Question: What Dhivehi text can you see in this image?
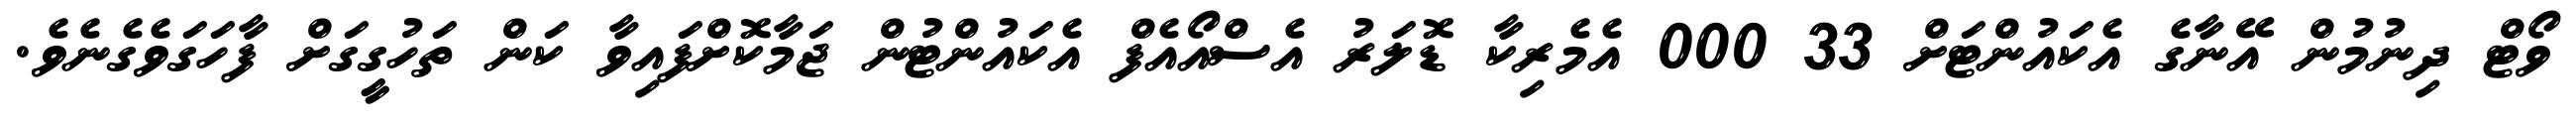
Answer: ވޯޓް ދިނުމުން އޭނާގެ އެކައުންޓަށް 33 000 އެމެރިކާ ޑޮލަރު އެސްއޯއެފް އެކައުންޓުން ޖަމާކޮށްފައިވާ ކަން ތަހުގީގަށް ފާހަގަވެގެނެވެ.